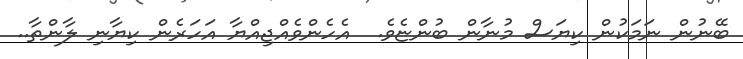
ބޭނުން ނަމަކުން ކިޔަސް މުނާން ބުންޏެވެ.  އެހެންވެއްޖިއްޔާ އަހަރެން ކިޔާނި ލާންތާ..